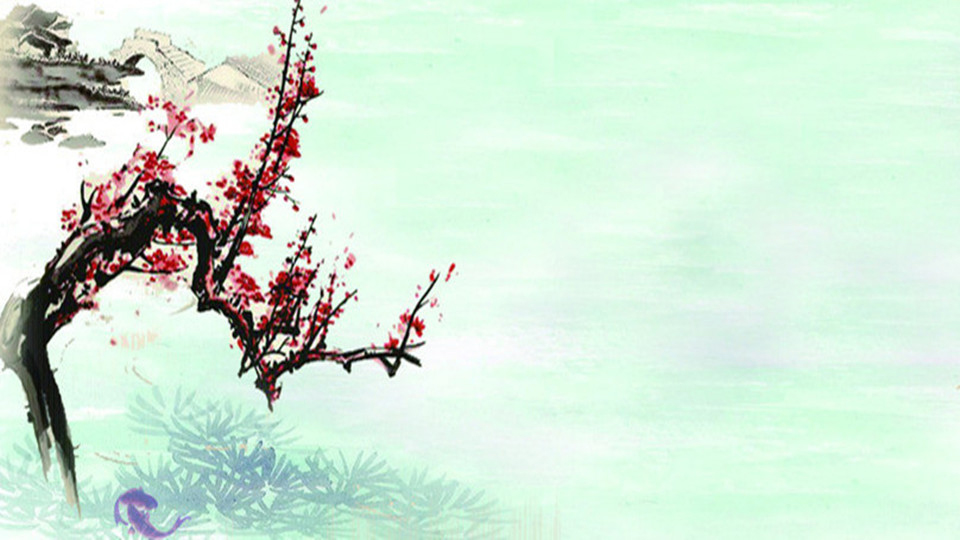
燕草如碧丝，秦桑低绿枝。